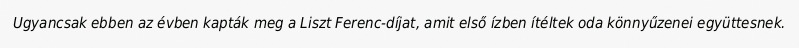
Ugyancsak ebben az évben kapták meg a Liszt Ferenc-díjat, amit első ízben ítéltek oda könnyűzenei együttesnek.